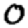
Digit: 0